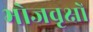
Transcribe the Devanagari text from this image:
भोजवृक्षों